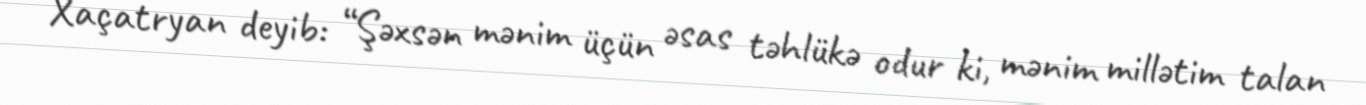
Xaçatryan deyib: “Şəxsən mənim üçün əsas təhlükə odur ki, mənim millətim talan